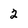
Character: 2